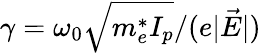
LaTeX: \gamma=\omega_{0}\sqrt{m_{e}^{*}I_{p}}/(e|\vec{E}|)